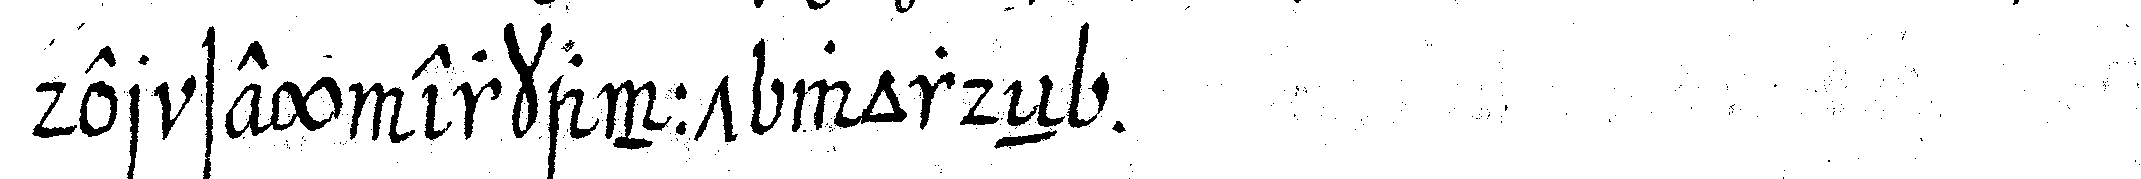
der sey erkannt wordeN .